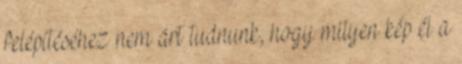
felépítéséhez nem árt tudnunk, hogy milyen kép él a